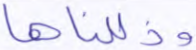
وذللناها